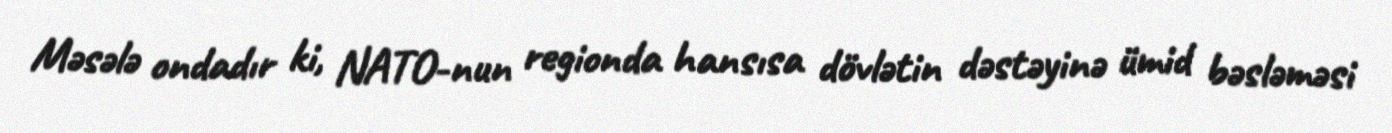
Məsələ ondadır ki, NATO-nun regionda hansısa dövlətin dəstəyinə ümid bəsləməsi